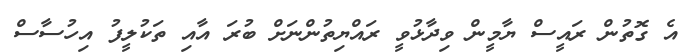
އެ ގޮތުން ރައީސް ޔާމީން ވިދާޅުވީ ރައްޔިތުންނަށް ބުރަ އާއި ތަކުލީފު އިހުސާސް